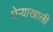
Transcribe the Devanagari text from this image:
घेर्‍याखाली